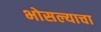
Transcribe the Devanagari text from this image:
भोसल्याचा